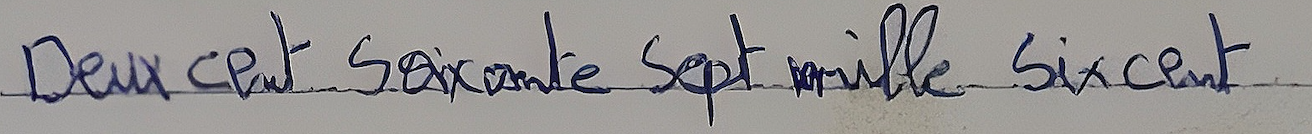
Deux cent soixante Sept mille Six cent